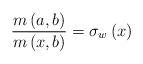
LaTeX: \begin{align*}\frac{m\left( a,b\right) }{m\left( x,b\right) }=\sigma _{w}\left( x\right)\end{align*}